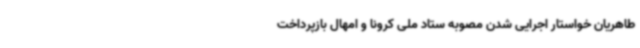
طاهریان خواستار اجرایی شدن مصوبه ستاد ملی کرونا و امهال بازپرداخت